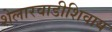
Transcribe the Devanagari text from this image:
शेलारवाडीशिवाय